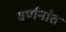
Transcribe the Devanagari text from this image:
वर्णनांत